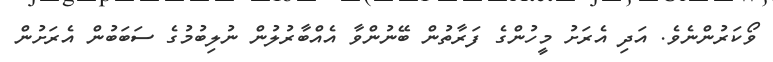
ވޯކަރުންނެވެ. އަދި އެރަށު މީހުންގެ ފަރާތުން ބޭނުންވާ އެއްބާރުލުން ނުލިބުމުގެ ސަބަބުން އެރަށުން